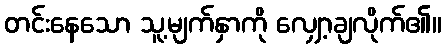
တင်းနေသော သူ့မျက်နှာကို လျှော့ချလိုက်၏။